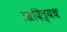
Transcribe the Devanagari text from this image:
आदित्यध